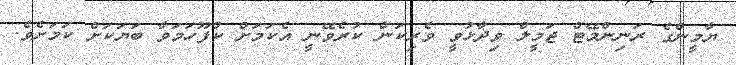
ޔާމީންގެ ރަނިންމޭޓް ޖަމީލް ވިދާޅުވީ ވެރިކަން ކުރެވޭނީ އެކަމަށް ކުފޫހަމަވާ ބަޔަކަށް ކަމަށެވެ.